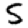
Digit: 5